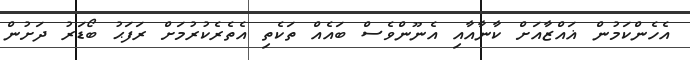
އެހެންކަމުން ޣައްޒާއަށް ކާނާއާއި އެނޫންވެސް ބައެއް ތަކެތި އެތެރެކުރުމަށް ރަފަޙު ބޯޑަރު ދަށުން